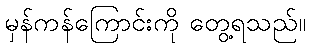
မှန်ကန်ကြောင်းကို တွေ့ရသည်။